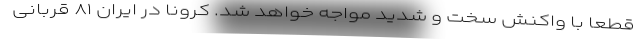
قطعا با واکنش سخت و شدید مواجه خواهد شد. کرونا در ایران ۸۱ قربانی